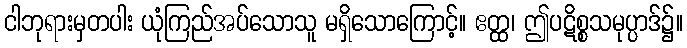
ငါဘုရားမှတပါး ယုံကြည်အပ်သောသူ မရှိသောကြောင့်။ ဧတ္ထ၊ ဤပဋိစ္စသမုပ္ပာဒ်၌။